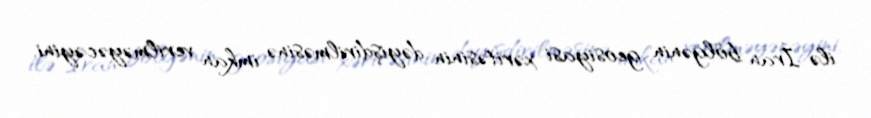
ilə İran bölgənin geosiyasi xəritəsinin dəyişdirilməsinə imkan verilməyəcəyini,